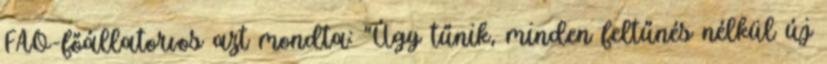
FAO-főállatorvos azt mondta: "Úgy tűnik, minden feltűnés nélkül új